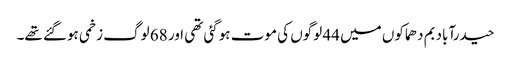
حیدرآباد بم دھماکوں میں 44 لوگوں کی موت ہوگئی تھی اور 68 لوگ زخمی ہوگئے تھے۔